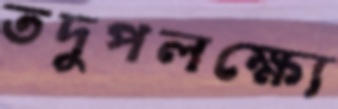
তদুপলক্ষ্যে